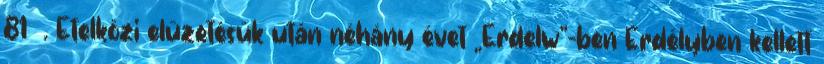
81 . Etelközi elűzetésük után néhány évet „Erdelw"-ben Erdélyben kellett